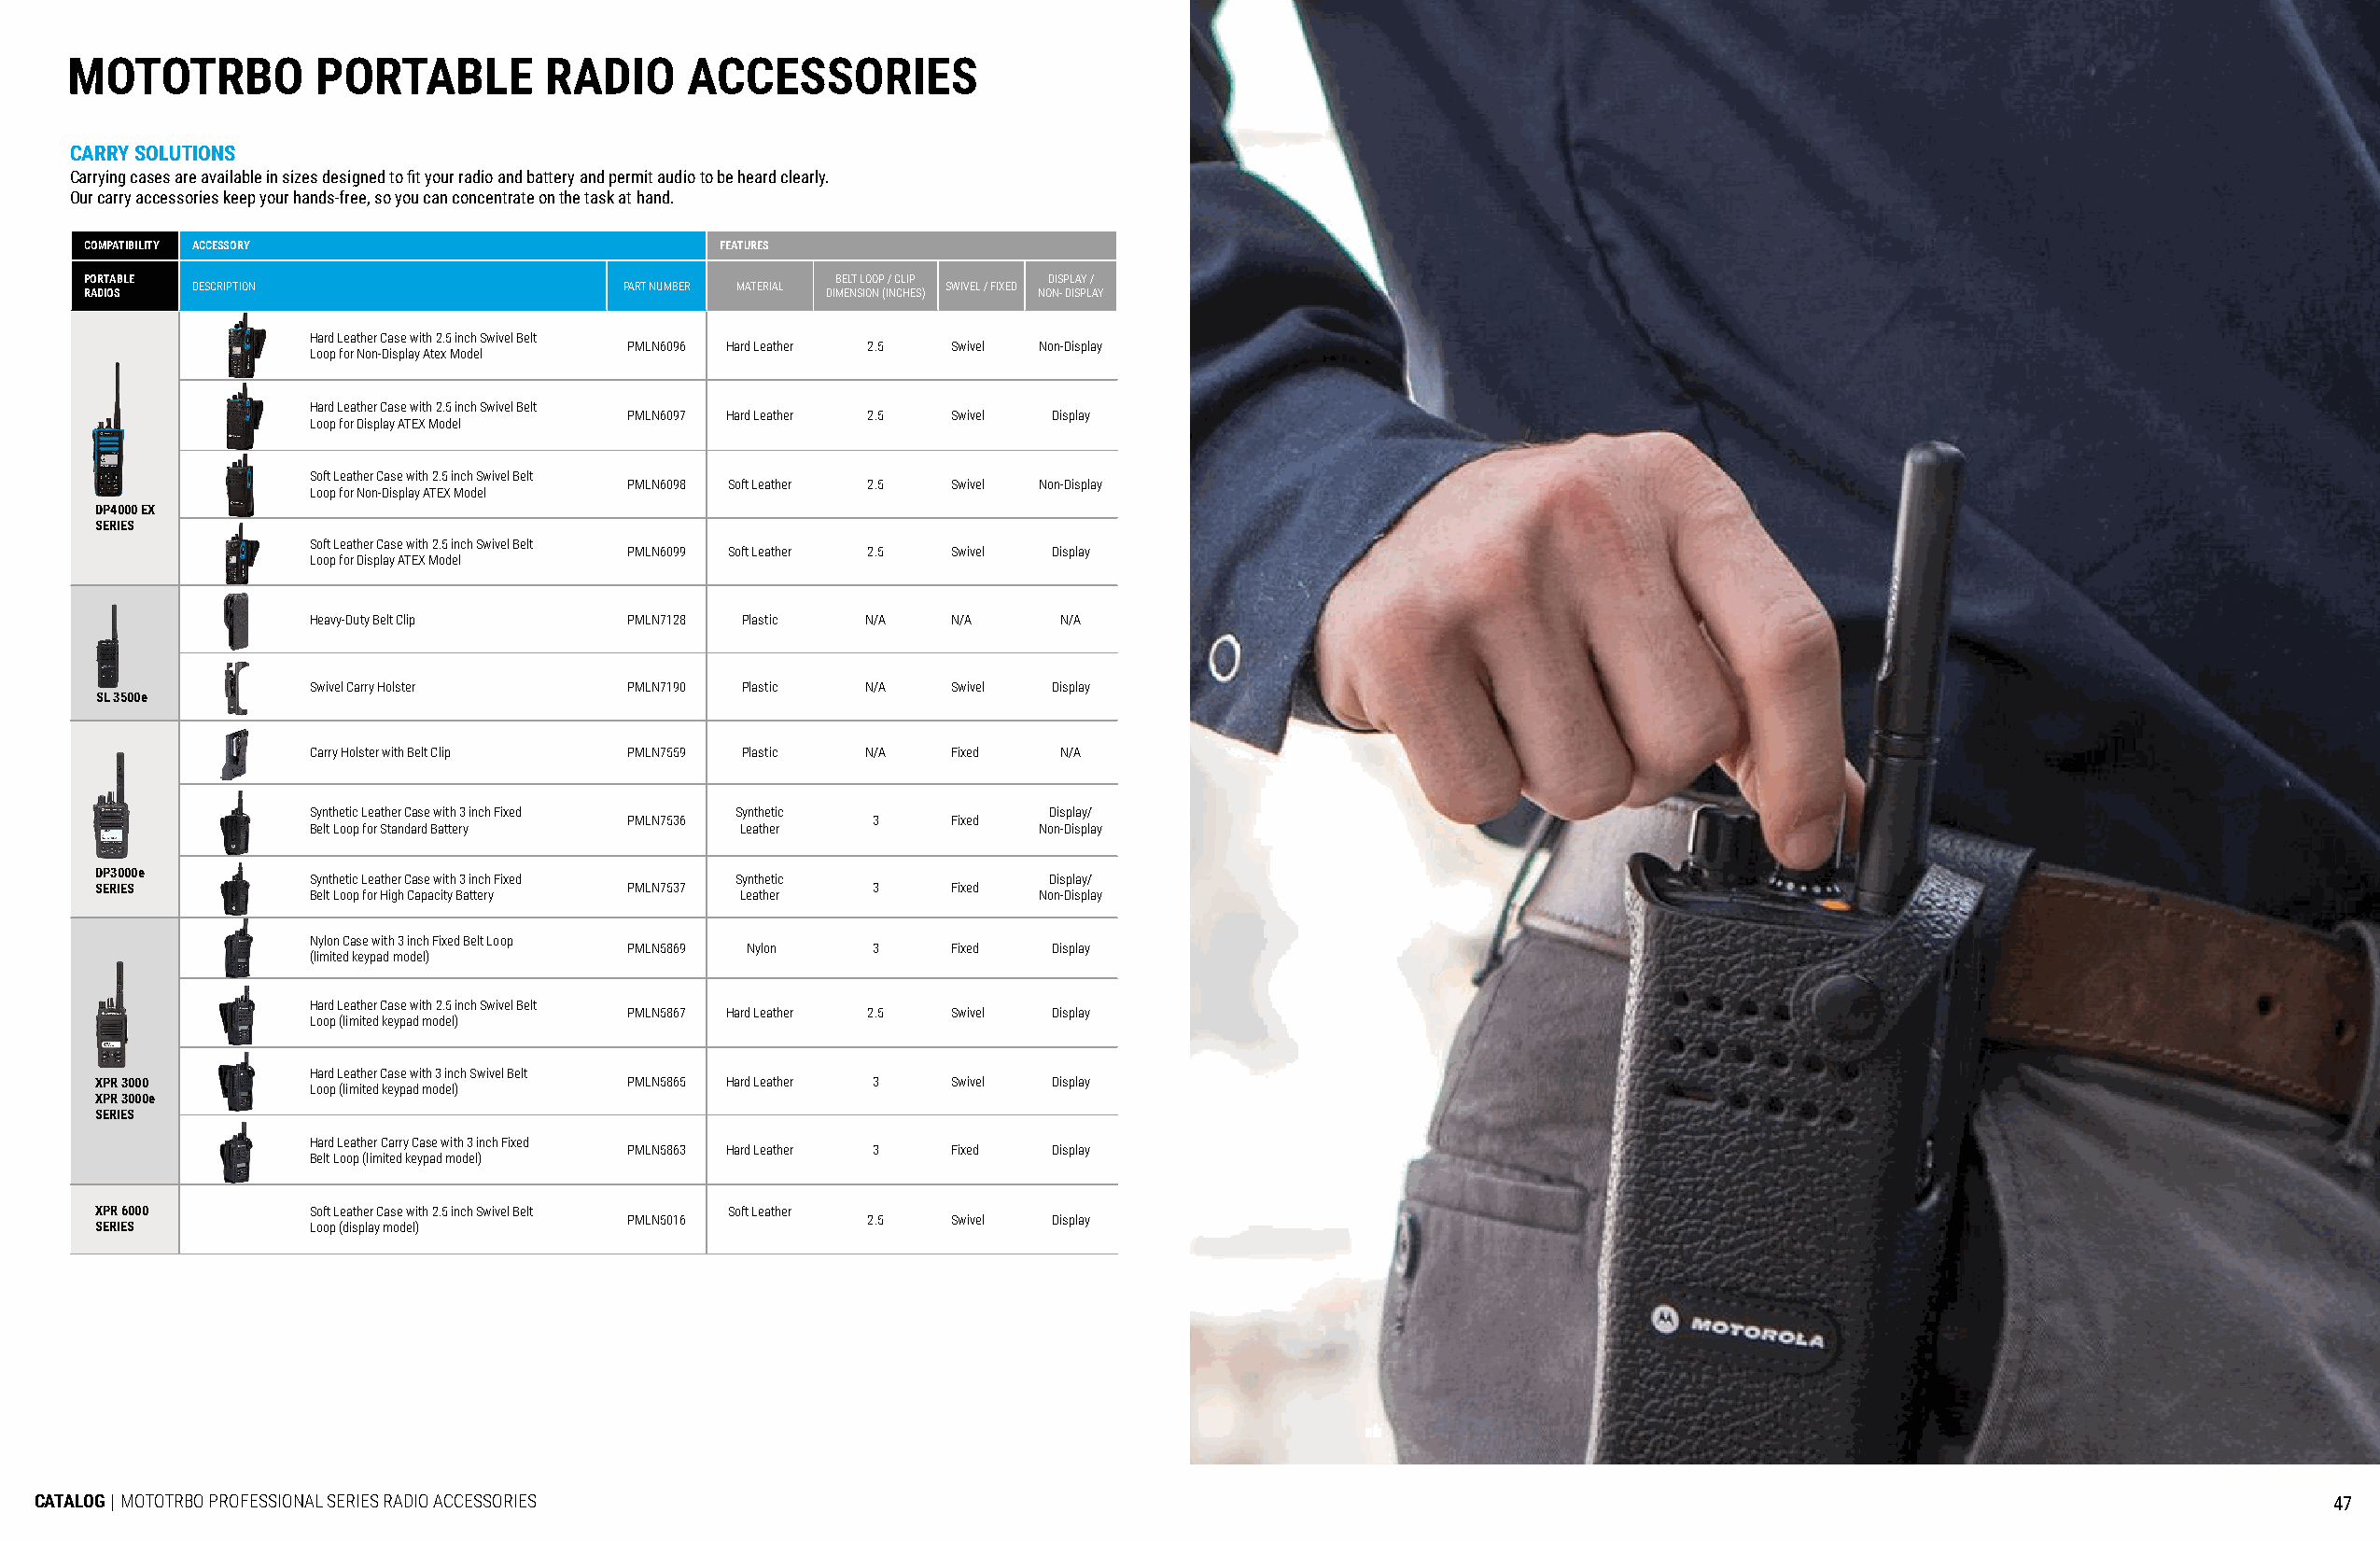
MOTOTRBO         PORTABLE         RADIO     ACCESSORIES
 CARRY SOLUTIONS
 Carrying cases are available in sizes designed to fit your radio and battery and permit audio to be heard clearly.
 Our carry accessories keep your hands-free, so you can concentrate on the task at hand.
 COMPATIBILITY ACCESSORY                      FEATURES
 PORTABLE                                             BELT LOOP / CLIP DISPLAY /
 DESCRIPTION                   PART NUMBER MATERIAL   SWIVEL / FIXED
 RADIOS                                               DIMENSION (INCHES) NON- DISPLAY
 Hard Leather Case with 2.5 inch Swivel Belt
 PMLN6096 Hard Leather 2.5 Swivel Non-Display
 Loop for Non-Display Atex Model
 Hard Leather Case with 2.5 inch Swivel Belt
 PMLN6097 Hard Leather 2.5 Swivel Display
 Loop for Display ATEX Model
 Soft Leather Case with 2.5 inch Swivel Belt
 PMLN6098 Soft Leather 2.5 Swivel Non-Display
 Loop for Non-Display ATEX Model
 DP4000 EX
 SERIES
 Soft Leather Case with 2.5 inch Swivel Belt
 PMLN6099 Soft Leather 2.5 Swivel Display
 Loop for Display ATEX Model
 Heavy-Duty Belt Clip   PMLN7128 Plastic N/A  N/A     N/A
 Swivel Carry Holster   PMLN7190 Plastic N/A  Swivel  Display
 SL 3500e
 Carry Holster with Belt Clip PMLN7559 Plastic N/A Fixed N/A
 Synthetic Leather Case with 3 inch Fixed Synthetic  Display/
 PMLN7536         3    Fixed
 Belt Loop for Standard Battery Leather              Non-Display
 DP3000e
 Synthetic Leather Case with 3 inch Fixed Synthetic  Display/
 SERIES                                PMLN7537         3    Fixed
 Belt Loop for High Capacity Battery Leather         Non-Display
 Nylon Case with 3 inch Fixed Belt Loop
 PMLN5869 Nylon   3    Fixed   Display
 (limited keypad model)
 Hard Leather Case with 2.5 inch Swivel Belt
 PMLN5867 Hard Leather 2.5 Swivel Display
 Loop (limited keypad model)
 Hard Leather Case with 3 inch Swivel Belt
 XPR 3000                              PMLN5865 Hard Leather 3 Swivel Display
 Loop (limited keypad model)
 XPR 3000e
 SERIES
 Hard Leather Carry Case with 3 inch Fixed
 PMLN5863 Hard Leather 3 Fixed Display
 Belt Loop (limited keypad model)
 XPR 6000       Soft Leather Case with 2.5 inch Swivel Belt Soft Leather
 PMLN5016         2.5  Swivel  Display
 SERIES         Loop (display model)
 CATALOG | MOTOTRBO PROFESSIONAL SERIES RADIO ACCESSORIES                                                                                                            47